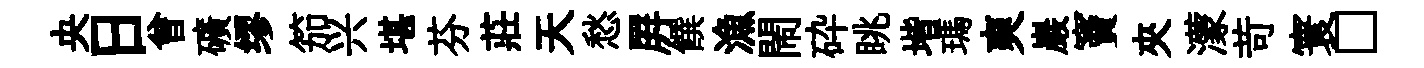
央日曾礦缪笳兴堪芬莊天愁屛饌漁閙砕眺堦瑪爽巖竇夾濛苛寰□